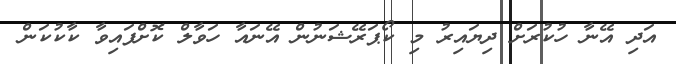
އަދި އޭނާ ހުކުރަށް ދިޔައިރު މި ކޯޕަރޭޝަނުން އޭނައާ ހަވާލް ކޮށްފައިވާ ކާކުކަން